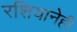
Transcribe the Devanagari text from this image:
रशियानेही